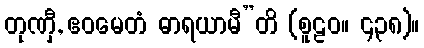
တုဏှီ, ဧဝမေတံ ဓာရယာမီ”တိ (စူဠဝ။ ၄၃၈)။